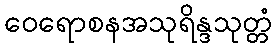
ဝေရောစနအသုရိန္ဒသုတ္တံ